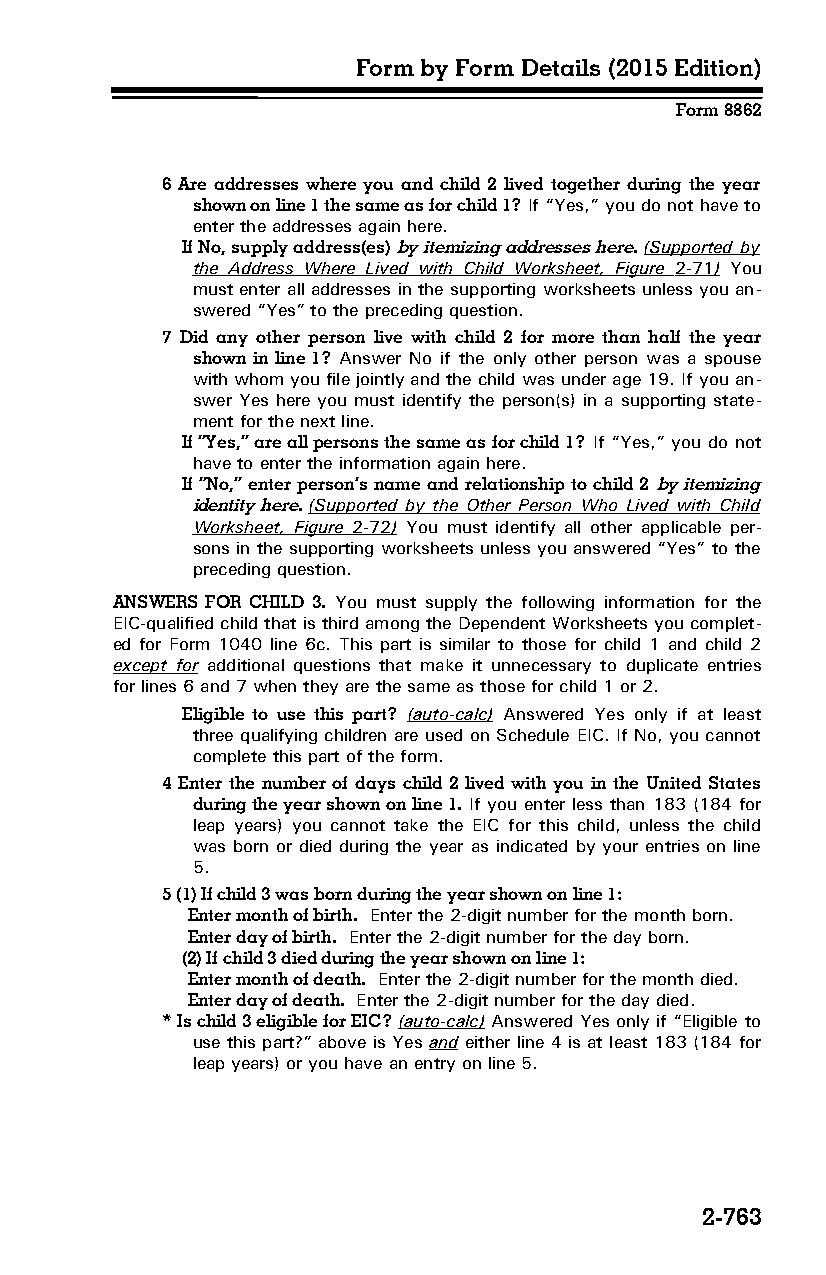
Form by Form Details (2015 Edition)
 Form 8862
 6 Are addresses where you and child 2 lived together during the year
 shown on line 1 the same as for child 1? If “Yes,” you do not have to
 enter the addresses again here.
 If No, supply address(es) by itemizing addresses here. (Supported by
 the Address Where Lived with Child Worksheet, Figure 2-71 ) You
 must enter all addresses in the supporting worksheets unless you an­
 swered “Yes” to the preceding question.
 7 Did any other person live with child 2 for more than half the year
 shown in line 1? Answer No if the only other person was a spouse
 with whom you file jointly and the child was under age 19. If you an­
 swer Yes here you must identify the person(s) in a supporting state­
 ment for the next line.
 If “Yes,” are all persons the same as for child 1? If “Yes,” you do not
 have to enter the information again here.
 If “No,” enter person’s name and relationship to child 2 by itemizing
 identity here. (Supported by the Other Person Who Lived with Child
 Worksheet, Figure 2-72 ) You must identify all other applicable per­
 sons in the supporting worksheets unless you answered “Yes” to the
 preceding question.
 ANSWERS FOR CHILD 3. You must supply the following information for the
 EIC-qualified child that is third among the Dependent Worksheets you complet­
 ed for Form 1040 line 6c. This part is similar to those for child 1 and child 2
 except for additional questions that make it unnecessary to duplicate entries
 for lines 6 and 7 when they are the same as those for child 1 or 2.
 Eligible to use this part? (auto-calc) Answered Yes only if at least
 three qualifying children are used on Schedule EIC. If No, you cannot
 complete this part of the form.
 4 Enter the number of days child 2 lived with you in the United States
 during the year shown on line 1. If you enter less than 183 (184 for
 leap years) you cannot take the EIC for this child, unless the child
 was born or died during the year as indicated by your entries on line
 5.
 5 (1) If child 3 was born during the year shown on line 1:
 Enter month of birth. Enter the 2-digit number for the month born.
 Enter day of birth. Enter the 2-digit number for the day born.
 (2) If child 3 died during the year shown on line 1:
 Enter month of death. Enter the 2-digit number for the month died.
 Enter day of death. Enter the 2-digit number for the day died.
 * Is child 3 eligible for EIC? (auto-calc) Answered Yes only if “Eligible to
 use this part?” above is Yes and either line 4 is at least 183 (184 for
 leap years) or you have an entry on line 5.
 2-763